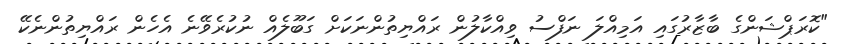
"ކޮރަޕްޝަންގެ ބާޒާރުގައި އަމިއްލަ ނަފްސު ވިއްކާލުން ރައްޔިތުންނަކަށް ގަބޫލެއް ނުކުރެވޭނެ އެހެން ރައްޔިތުންނެކޭ